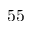
5 5